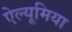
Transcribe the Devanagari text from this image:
ऐल्यूमिया